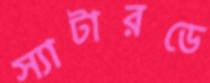
স্যাটারডে